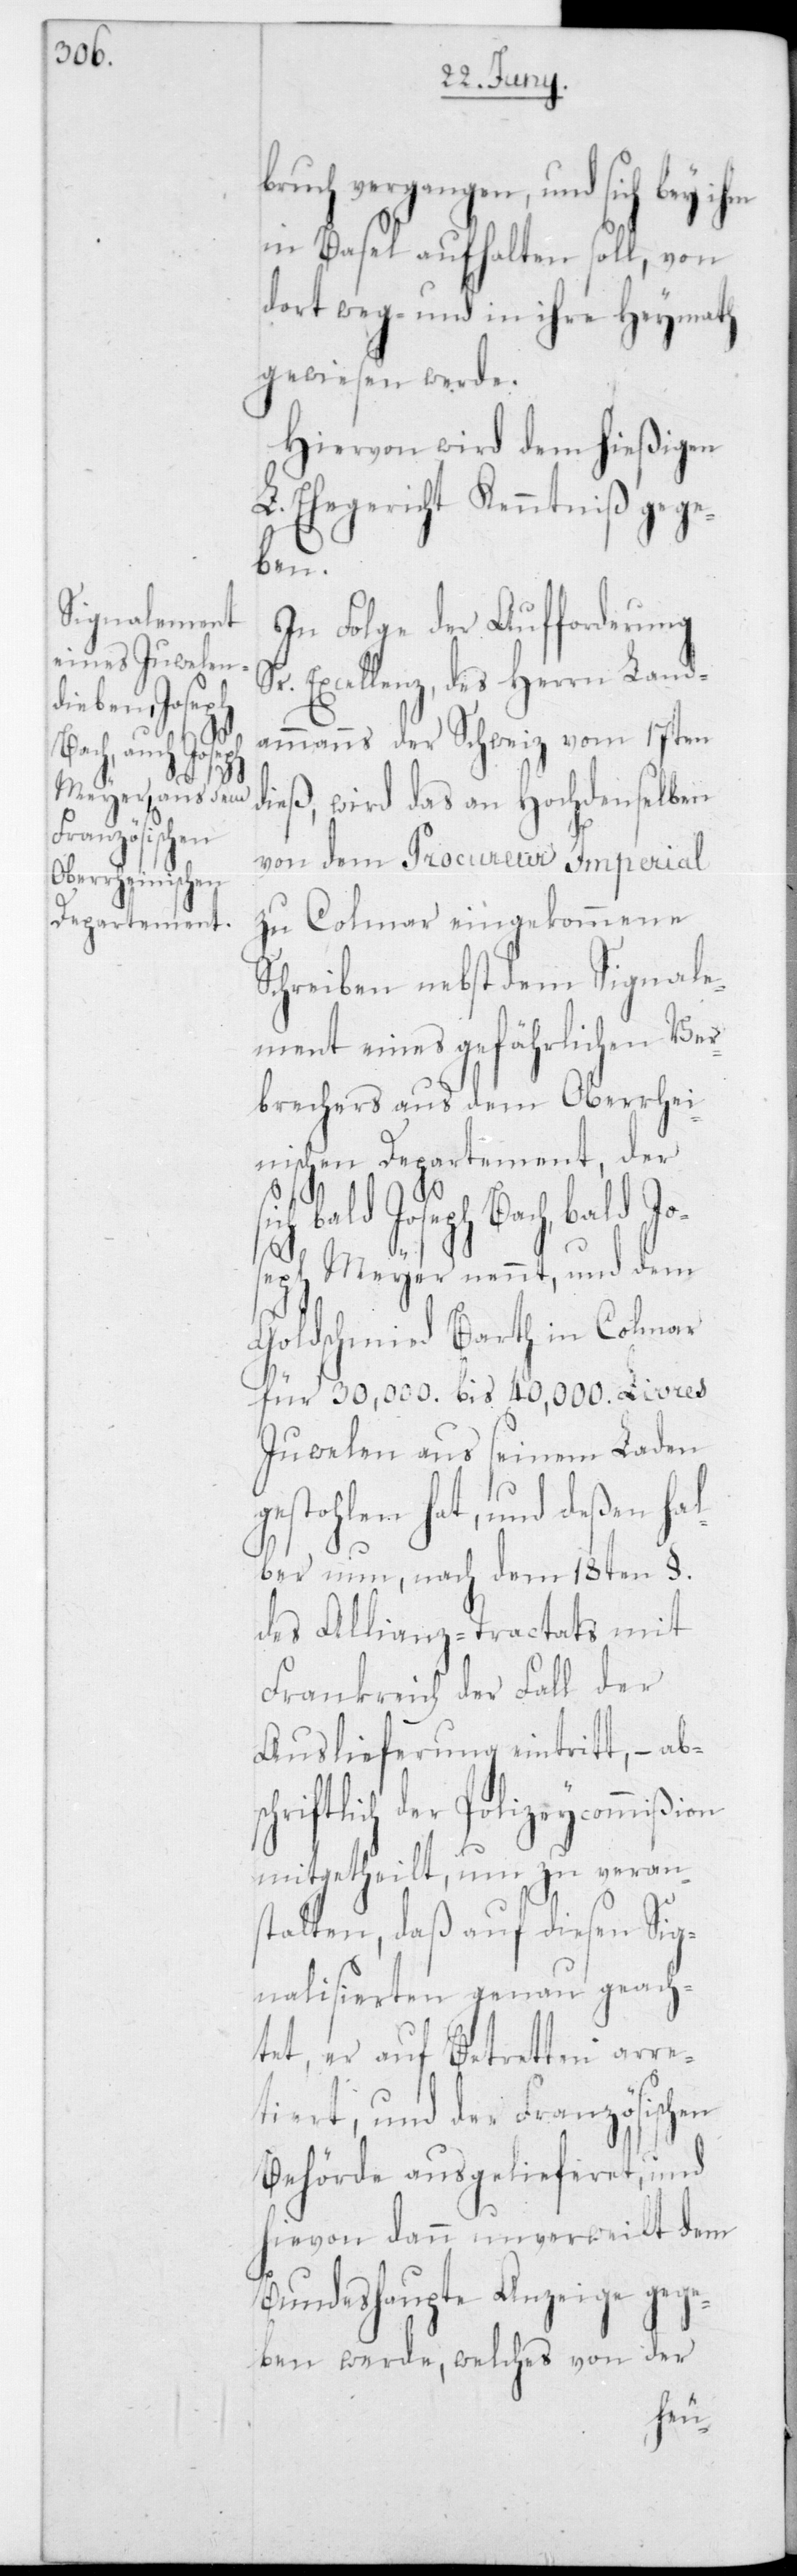
bruch vergangen, und sich bey ihm
in Basel aufhalten soll, von
dort weg- und in ihre Heymath
gewiesen werde.
Hiervon wird dem hießigen
L. Ehegericht Kenntniß gege¬
ben.
In Folge der Aufforderung
Excellenz, des Herrn Land¬
ammanns der Schweiz vom 17ten
dieß, wird das an Hochdenselben
von dem Procureur Imperial
zu Colmar eingekommene
Schreiben nebst dem Signale¬
ment eines gefährlichen Ver¬
brechers aus dem Oberrhei¬
nischen Departement, der
Joseph Bach, bald Jo¬
seph Meyer nennt, und dem
Goldschmied Barth in Colmar
für 30,000 bis 40,000 Livres
Juwelen aus seinem Laden
gestohlen hat, und deßen hal¬
ber nun, nach dem 18ten §
des Allianz-Tractats mit
Frankreich der Fall der
Auslieferung eintritt, – abs¬
chriftlich der Polizeycommißion
mitgetheilt, um zu veran¬
stalten, daß auf diesen Sig¬
nalisierten genau geach¬
tet, er auf Betretten arre¬
tiert und der Französischen
Behörde ausgelieferet, und
hievon dann unverweilt dem
Bundeshaupte Anzeige gege¬
ben werde, welches von der